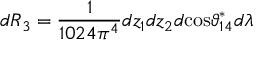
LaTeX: d R _ { 3 } = \frac { 1 } { 1 0 2 4 \pi ^ { 4 } } d z _ { 1 } d z _ { 2 } d \mathrm { c o s } \vartheta _ { 1 4 } ^ { * } d \lambda